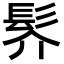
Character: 䯰